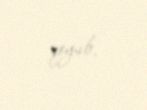
qoyub.